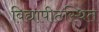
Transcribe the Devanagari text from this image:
विद्यापीठस्थित